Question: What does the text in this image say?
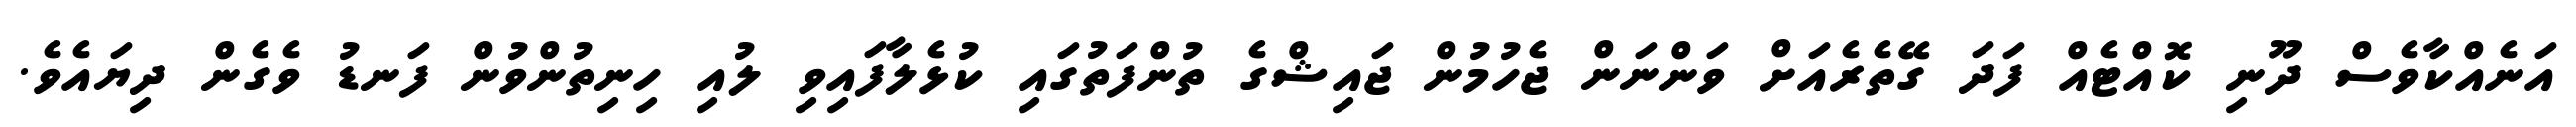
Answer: އަނެއްކާވެސް ދޫނި ކޮއްޓެއް ފަދަ ގޭތެރެއަށް ވަންނަން ޖެހުމުން ޖައިޝްގެ ތުންފަތުގައި ކުޅެލާފައިވި ލުއި ހިނިތުންވުން ފަނޑު ވެގެން ދިޔައެވެ.